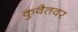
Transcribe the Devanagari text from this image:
कुवैतवर